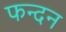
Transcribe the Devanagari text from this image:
फन्दन